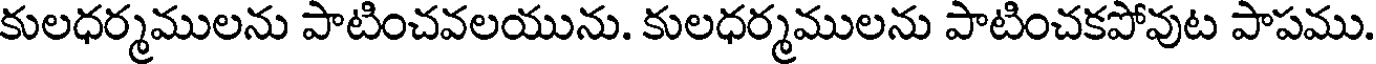
కులధర్మములను పాటించవలయును. కులధర్మములను పాటించకపోవుట పాపము.